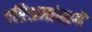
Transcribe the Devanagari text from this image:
परिश्रमांमागे